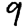
Digit: 9